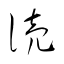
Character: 涜